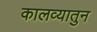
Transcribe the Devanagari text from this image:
कालव्यातुन